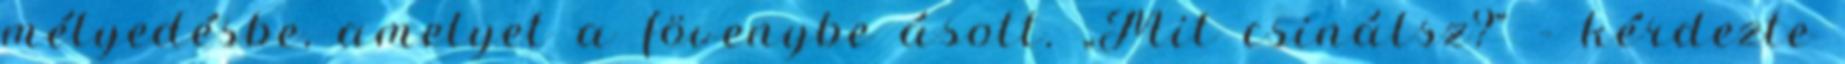
mélyedésbe, amelyet a fövenybe ásott. „Mit csinálsz?” – kérdezte